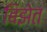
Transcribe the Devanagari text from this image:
बिझेत